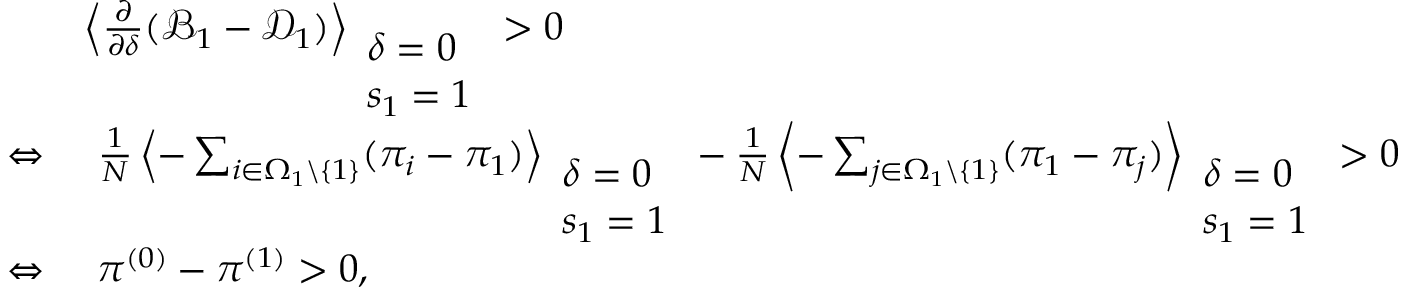
\begin{array} { r l } & { \left\langle \frac { \partial } { \partial \delta } ( \mathcal { B } _ { 1 } - \mathcal { D } _ { 1 } ) \right\rangle _ { \begin{array} { l } { \delta = 0 } \\ { s _ { 1 } = 1 } \end{array} } > 0 } \\ { \Leftrightarrow } & { ~ \frac { 1 } { N } \left\langle - \sum _ { i \in \Omega _ { 1 } \backslash \{ 1 \} } ( \pi _ { i } - \pi _ { 1 } ) \right\rangle _ { \begin{array} { l } { \delta = 0 } \\ { s _ { 1 } = 1 } \end{array} } - \frac { 1 } { N } \left\langle - \sum _ { j \in \Omega _ { 1 } \backslash \{ 1 \} } ( \pi _ { 1 } - \pi _ { j } ) \right\rangle _ { \begin{array} { l } { \delta = 0 } \\ { s _ { 1 } = 1 } \end{array} } > 0 } \\ { \Leftrightarrow } & { ~ \pi ^ { ( 0 ) } - \pi ^ { ( 1 ) } > 0 , } \end{array}